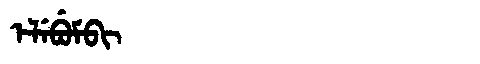
Manchu: ᡝᠯᡝᠪᡠᠮᠪᡳ
Romanization: ELEBUMBI